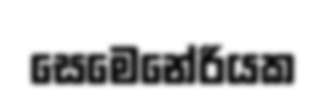
සෙමෙනේරියක